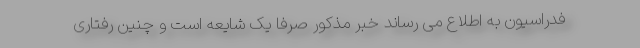
فدراسیون به اطلاع می رساند خبر مذکور صرفاً یک شایعه است و چنین رفتاری